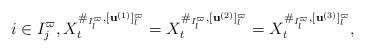
LaTeX: \begin{align*} i \in I^\varpi_j, X^{\#_{I^\varpi_l},[\mathbf{u}^{(1)}]^\varpi_l}_t = X^{\#_{I^\varpi_l},[\mathbf{u}^{(2)}]^\varpi_l}_t = X^{\#_{I^\varpi_l},[\mathbf{u}^{(3)}]^\varpi_l}_t,\end{align*}